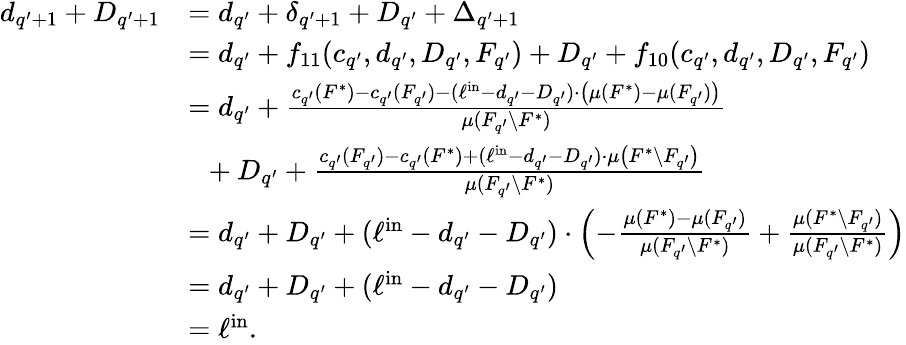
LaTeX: \begin{array}{rl}{d_{q^{\prime}+1}+D_{q^{\prime}+1}}&{=d_{q^{\prime}}+\delta_{q^{\prime}+1}+D_{q^{\prime}}+\Delta_{q^{\prime}+1}}\\ {}&{=d_{q^{\prime}}+f_{11}(c_{q^{\prime}},d_{q^{\prime}},D_{q^{\prime}},F_{q^{\prime}})+D_{q^{\prime}}+f_{10}(c_{q^{\prime}},d_{q^{\prime}},D_{q^{\prime}},F_{q^{\prime}})}\\ {}&{=d_{q^{\prime}}+\frac{c_{q^{\prime}}(F^{*})-c_{q^{\prime}}(F_{q^{\prime}})-(\ell^{\mathrm{in}}-d_{q^{\prime}}-D_{q^{\prime}})\cdot\left(\mu(F^{*})-\mu(F_{q^{\prime}})\right)}{\mu(F_{q^{\prime}}\setminus F^{*})}}\\ {}&{~~+D_{q^{\prime}}+\frac{c_{q^{\prime}}(F_{q^{\prime}})-c_{q^{\prime}}(F^{*})+(\ell^{\mathrm{in}}-d_{q^{\prime}}-D_{q^{\prime}})\cdot\mu\left(F^{*}\setminus F_{q^{\prime}}\right)}{\mu(F_{q^{\prime}}\setminus F^{*})}}\\ {}&{=d_{q^{\prime}}+D_{q^{\prime}}+(\ell^{\mathrm{in}}-d_{q^{\prime}}-D_{q^{\prime}})\cdot\left(-\frac{\mu(F^{*})-\mu(F_{q^{\prime}})}{\mu(F_{q^{\prime}}\setminus F^{*})}+\frac{\mu(F^{*}\setminus F_{q^{\prime}})}{\mu(F_{q^{\prime}}\setminus F^{*})}\right)}\\ {}&{=d_{q^{\prime}}+D_{q^{\prime}}+(\ell^{\mathrm{in}}-d_{q^{\prime}}-D_{q^{\prime}})}\\ {}&{=\ell^{\mathrm{in}}.}\end{array}